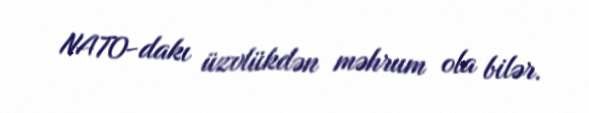
NATO-dakı üzvlükdən məhrum ola bilər.